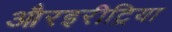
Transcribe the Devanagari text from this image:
औरइरीट्रिया